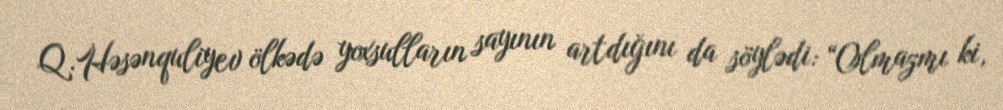
Q.Həsənquliyev ölkədə yoxsulların sayının artdığını da söylədi: “Olmazmı ki,